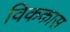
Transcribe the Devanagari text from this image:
विककास